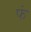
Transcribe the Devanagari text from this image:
फं